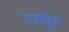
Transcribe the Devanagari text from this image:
राजदुहिता